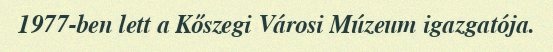
1977-ben lett a Kőszegi Városi Múzeum igazgatója.